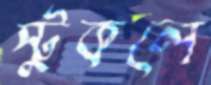
স্টুকলে